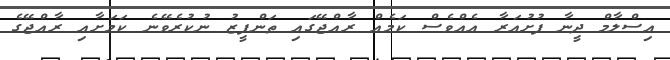
އިސްލާމް ދީނާ ފުށުއަރާ އެއްވެސް ކަމެއް ރާއްޖޭގައި ތަންފީޒު ނުކުރެވޭނެ ކަމަށާއި ރާއްޖޭގެ